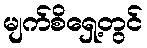
မျက်စိရှေ့တွင်